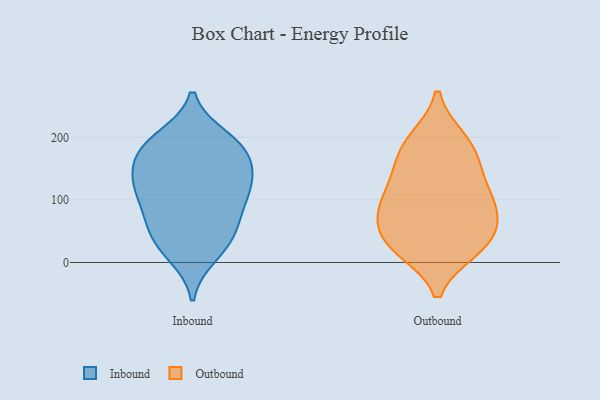
{"axis": {"x": "Page Views", "y": "Value"}, "legend": ["Inbound", "Outbound"], "data": [{"x": "", "y": 53, "type": "Inbound"}, {"x": "", "y": 102, "type": "Inbound"}, {"x": "", "y": 124, "type": "Inbound"}, {"x": "", "y": 199, "type": "Inbound"}, {"x": "", "y": 171, "type": "Inbound"}, {"x": "", "y": 200, "type": "Inbound"}, {"x": "", "y": 181, "type": "Inbound"}, {"x": "", "y": 184, "type": "Inbound"}, {"x": "", "y": 62, "type": "Inbound"}, {"x": "", "y": 169, "type": "Inbound"}, {"x": "", "y": 146, "type": "Inbound"}, {"x": "", "y": 22, "type": "Inbound"}, {"x": "", "y": 66, "type": "Inbound"}, {"x": "", "y": 11, "type": "Inbound"}, {"x": "", "y": 121, "type": "Inbound"}, {"x": "", "y": 92, "type": "Inbound"}, {"x": "", "y": 123, "type": "Inbound"}, {"x": "", "y": 132, "type": "Inbound"}, {"x": "", "y": 33, "type": "Inbound"}, {"x": "", "y": 21, "type": "Outbound"}, {"x": "", "y": 138, "type": "Outbound"}, {"x": "", "y": 171, "type": "Outbound"}, {"x": "", "y": 24, "type": "Outbound"}, {"x": "", "y": 21, "type": "Outbound"}, {"x": "", "y": 197, "type": "Outbound"}, {"x": "", "y": 49, "type": "Outbound"}, {"x": "", "y": 46, "type": "Outbound"}, {"x": "", "y": 68, "type": "Outbound"}, {"x": "", "y": 196, "type": "Outbound"}, {"x": "", "y": 91, "type": "Outbound"}, {"x": "", "y": 110, "type": "Outbound"}, {"x": "", "y": 89, "type": "Outbound"}, {"x": "", "y": 99, "type": "Outbound"}, {"x": "", "y": 157, "type": "Outbound"}]}